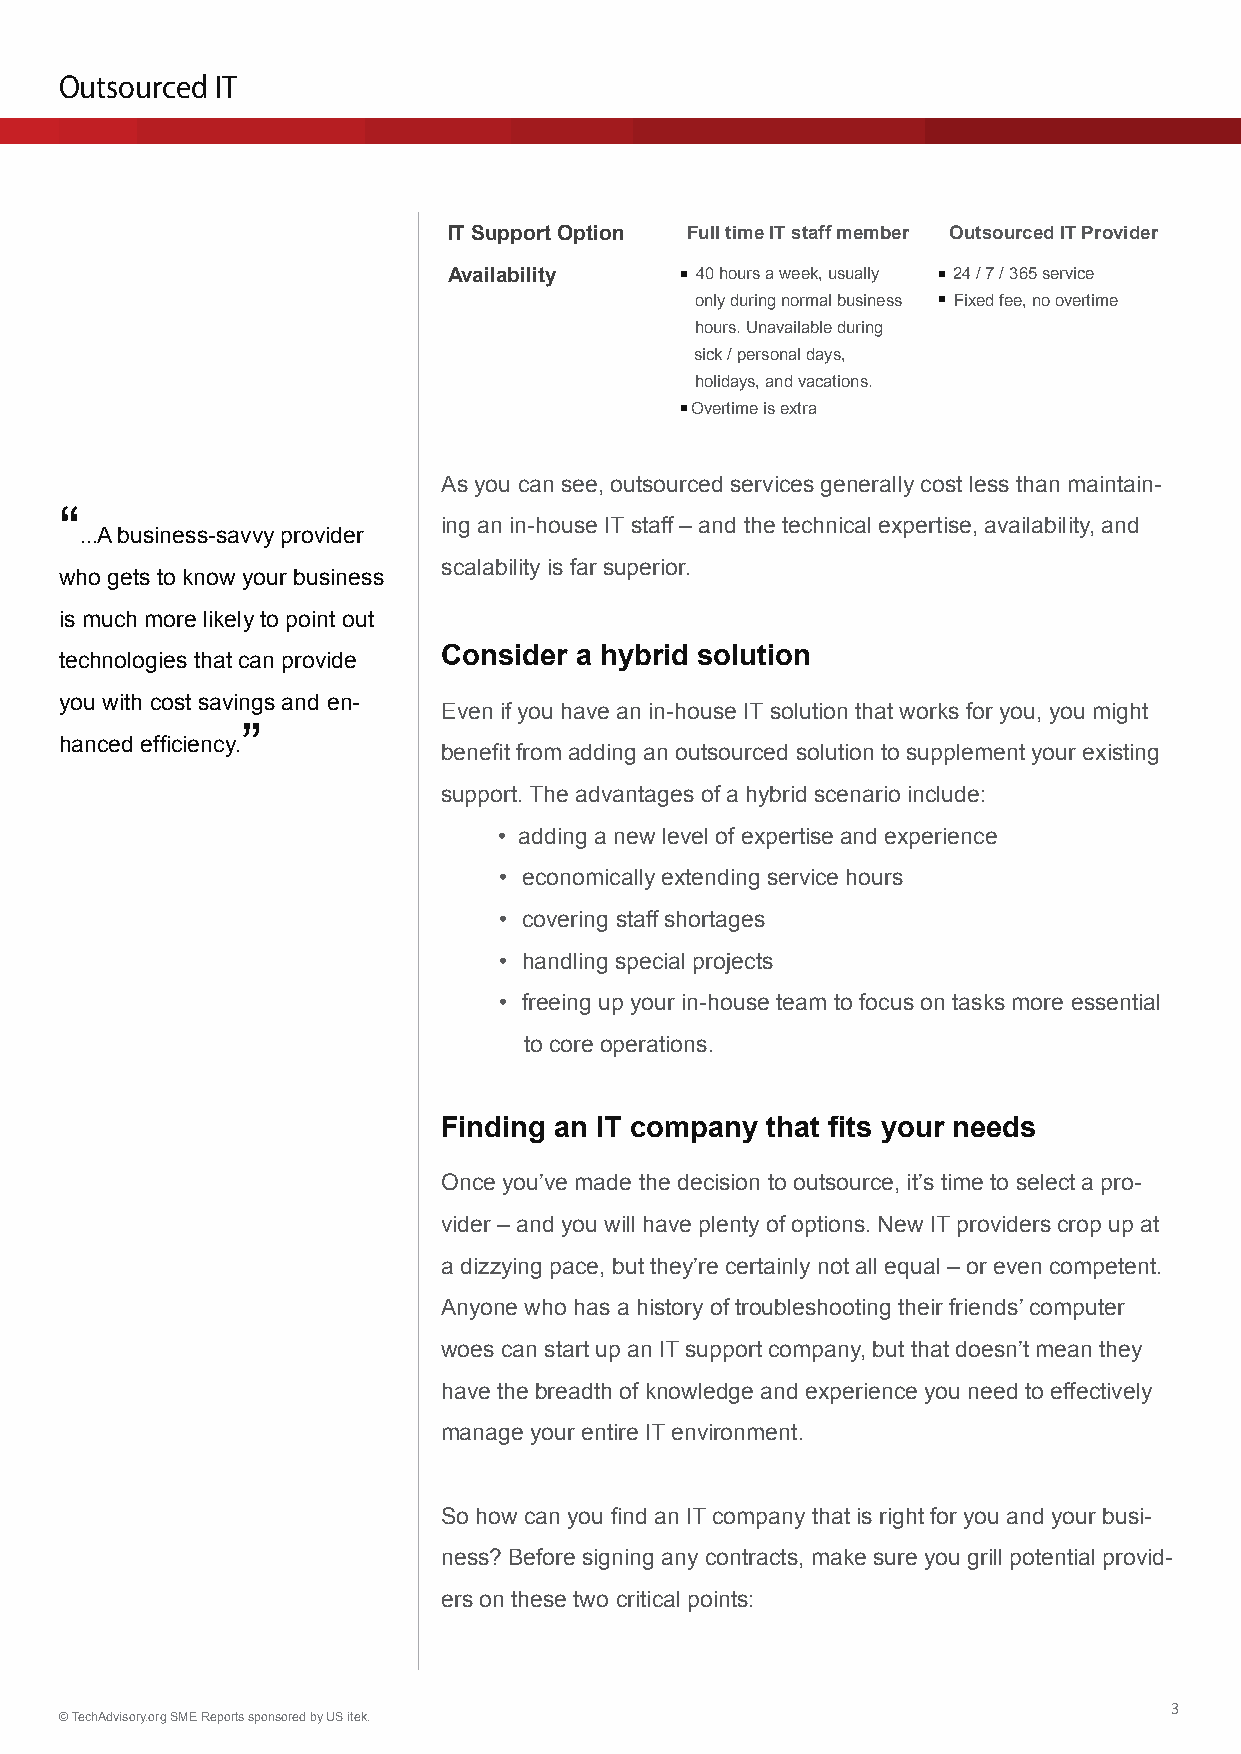
Outsourced IT
 IT Support Option Full time IT staff member Outsourced IT Provider
 Availability   • 40 hours a week, usually • 24 / 7 / 365 service
 only during normal business • Fixed fee, no overtime
 hours. Unavailable during
 sick / personal days,
 holidays, and vacations.
 • Overtime is extra
 As you can see, outsourced services generally cost less than maintain-
 “
 ing an in-house IT staff – and the technical expertise, availability, and
 ...A business-savvy provider
 scalability is far superior.
 who gets to know your business
 is much more likely to point out
 technologies that can provide Consider a hybrid solution
 you with cost savings and en-
 Even if you have an in-house IT solution that works for you, you might
 ”
 hanced efficiency.
 benefit from adding an outsourced solution to supplement your existing
 support. The advantages of a hybrid scenario include:
 • adding a new level of expertise and experience
 • economically extending service hours
 • covering staff shortages
 • handling special projects
 • freeing up your in-house team to focus on tasks more essential
 to core operations.
 Finding an IT company that fits your needs
 Once you’ve made the decision to outsource, it’s time to select a pro-
 vider – and you will have plenty of options. New IT providers crop up at
 a dizzying pace, but they’re certainly not all equal – or even competent.
 Anyone who has a history of troubleshooting their friends’ computer
 woes can start up an IT support company, but that doesn’t mean they
 have the breadth of knowledge and experience you need to effectively
 manage your entire IT environment.
 So how can you find an IT company that is right for you and your busi-
 ness? Before signing any contracts, make sure you grill potential provid-
 ers on these two critical points:
 3
 © TechAdvisory.org SME Reports sponsored by US itek.